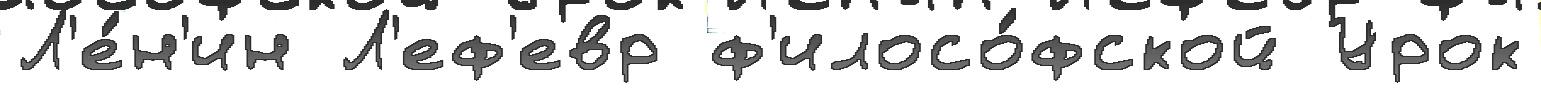
Л'е́н'ин Л'еф'евр ф'илосо́фской Урок